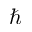
\hbar